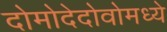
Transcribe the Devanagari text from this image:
दोमोदेदोवोमध्ये